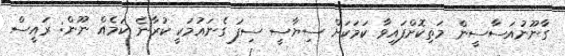
ގާނޫނުއަސާސީން މަތިކޮށްފައިވާ ކަމަކަށް ސިޔާސީ ސިފަ ގެނައުމަކީ ކުރާނެ ކަމެއް ނޫން: ރައީސް